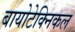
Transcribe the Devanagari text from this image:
बायोटेक्निकल